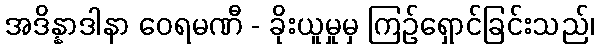
အဒိန္နာဒါနာ ဝေရမဏီ - ခိုးယူမှုမှ ကြဉ်ရှောင်ခြင်းသည်၊